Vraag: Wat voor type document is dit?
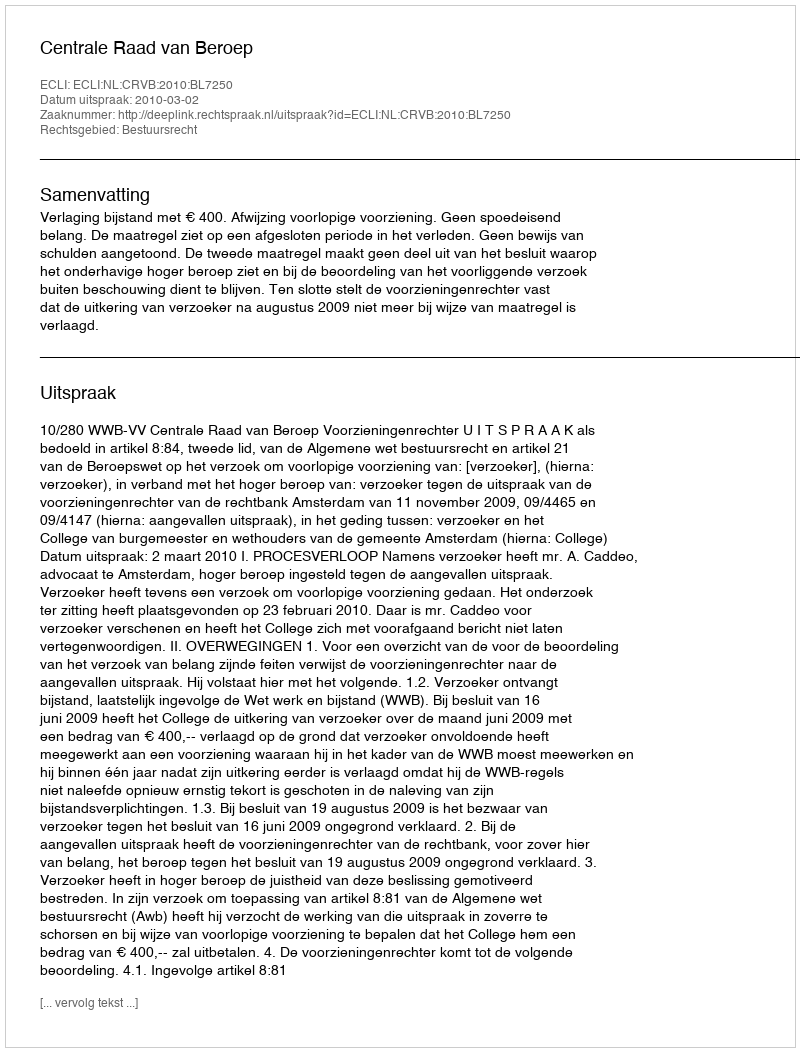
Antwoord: Uitspraak